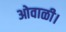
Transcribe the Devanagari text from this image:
ओवाळी।